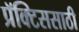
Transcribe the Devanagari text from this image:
प्रॅक्टिससाठी